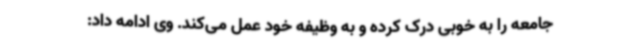
جامعه را به خوبی درک کرده و به وظیفه خود عمل می‌کند. وی ادامه داد: